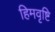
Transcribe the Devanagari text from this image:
हिमवृष्टि